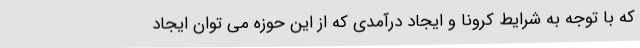
که با توجه به شرایط کرونا و ایجاد درآمدی که از این حوزه می توان ایجاد